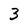
Character: 3